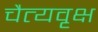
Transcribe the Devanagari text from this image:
चैत्यवृक्ष